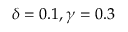
\delta = 0 . 1 , \gamma = 0 . 3